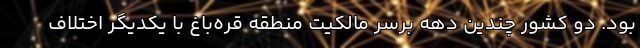
بود. دو کشور چندین دهه برسر مالکیت منطقه قره‌باغ با یکدیگر اختلاف